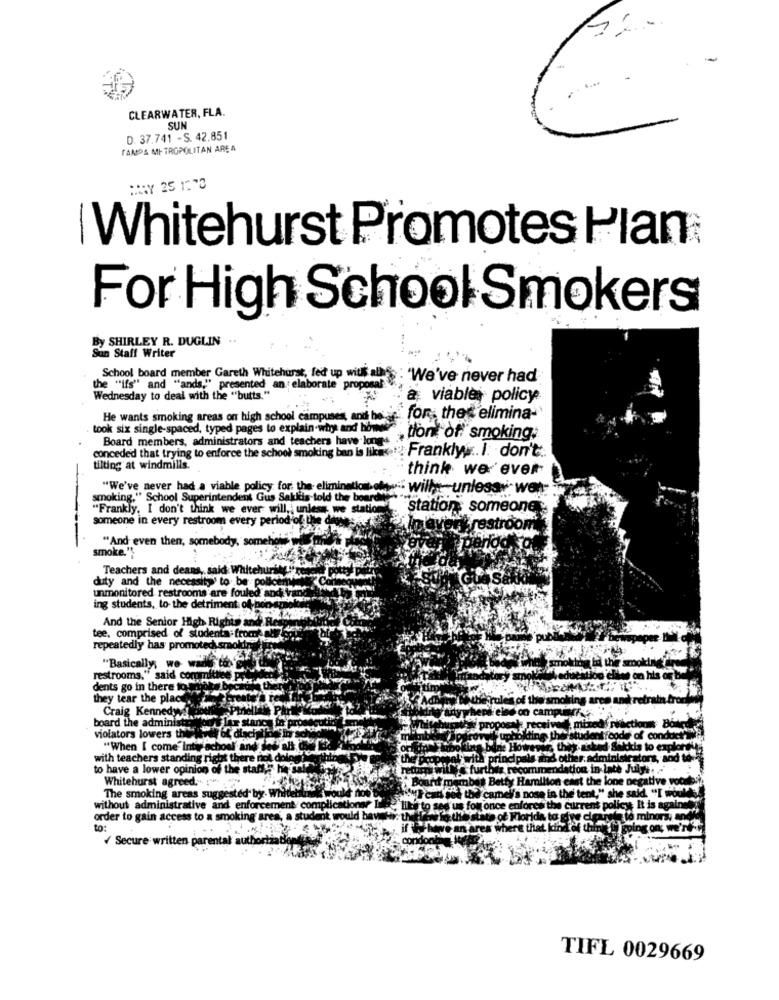
CLEARWATER, FLA.
SUN
D. 37.741 - S. 42.851
TAMDA METROPOLITAN AREA
[Whitehurst Promotes Plan
For High School Smokers
By SHIRLEY R. DUGLIN "
San Staff Writer
School board member Gareth Whitehurst, fed up with als : 'We've never had
the "ifs" and "ands." presented an elaborate
Wednesday to deal with the "butts."
a viable policy
He wants smoking areas on high school campuses, and be af
for the 'elimina-
took six single-spaced, typed pages to explain why and Now
Board members, administrators and teachers have longs
tlont of smoking:
conceded that trying to enforce the school smoking ban is likese
Franklyw .. I. don't.
tilting at windmills.
think we ever
"We've never had a viable policy for the- elimina
willys unlessw. wer
smoking," School Superintendent Gus Sakkuis told the be
"Frankly, I don't think we ever will ,; unless we stat
station someones
someone in every restroom every period ol Lhe die
restroom
"And even then, somebody, sometiol"w
smoke.",
Teachers and deans, said Whitehurik
unmonitored restrooms are fouled and Vithe
duty and the necessity' to be polloen
ing students, to- the detriment of non-da
And the Senior High Rights and Red
tee, comprised of studenta-from- autor
repeatedly has promoted smoldr
"Basically, wo 6.2
restrooms," said con mith
dents go in there foreno
they tear the plac
board the administ
violators lowers th
Craig Kennedyswww. The stane
#of dischi
"When I come Intir school and Jed al @
with teachers standing right there nol dolor
to have a lower opinion of the staff," he sal
Whitehurst agreed.
The smoking areas suggested" by. Whit
without administrative and enforcement complic
order to gain access to a smoking area', a student
/ Secure written parent
al aut
TIFL 0029669